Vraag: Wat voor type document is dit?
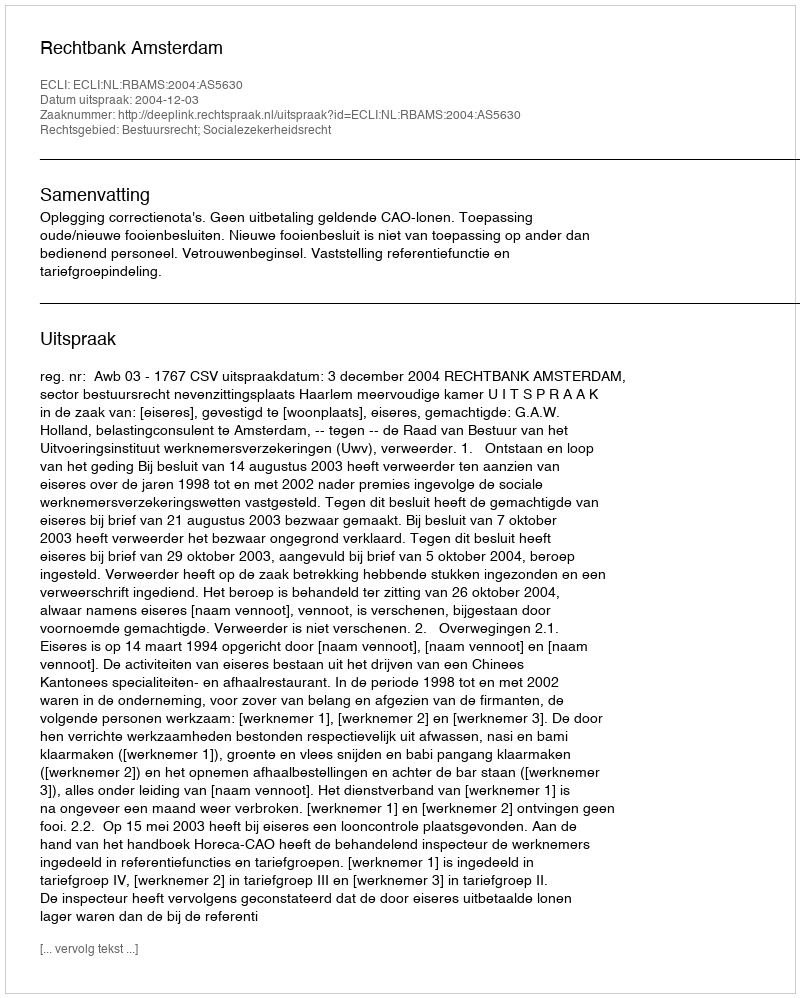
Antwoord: Uitspraak